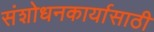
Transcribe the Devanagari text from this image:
संशोधनकार्यासाठी